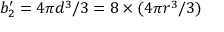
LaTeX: b _ { 2 } ^ { \prime } = 4 \pi d ^ { 3 } / 3 = 8 \times ( 4 \pi r ^ { 3 } / 3 )